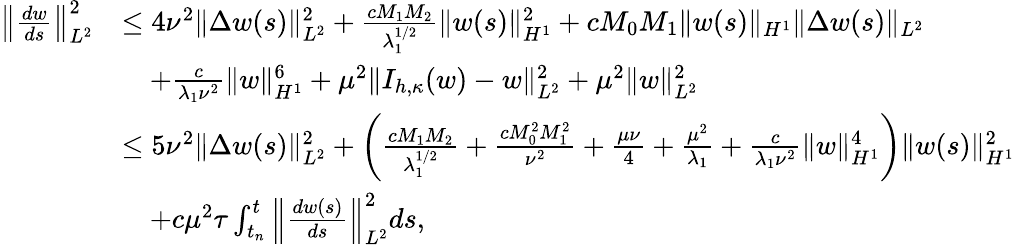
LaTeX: \begin{array}{rl}{\left\Vert\frac{dw}{ds}\right\Vert_{L^{2}}^{2}}&{\leq 4\nu^{2}\| \Delta w(s)\| _{L^{2}}^{2}+\frac{cM_{1}M_{2}}{\lambda_{1}^{1/2}}\| w(s)\| _{H^{1}}^{2}+cM_{0}M_{1}\| w(s)\| _{H^{1}}\| \Delta w(s)\| _{L^{2}}}\\ &{\quad+\frac{c}{\lambda_{1}\nu^{2}}\| w\| _{H^{1}}^{6}+\mu^{2}\| I_{h,\kappa}(w)-w\| _{L^{2}}^{2}+\mu^{2}\| w\| _{L^{2}}^{2}}\\ &{\leq 5\nu^{2}\| \Delta w(s)\| _{L^{2}}^{2}+\left(\frac{cM_{1}M_{2}}{\lambda_{1}^{1/2}}+\frac{cM_{0}^{2}M_{1}^{2}}{\nu^{2}}+\frac{\mu\nu}{4}+\frac{\mu^{2}}{\lambda_{1}}+\frac{c}{\lambda_{1}\nu^{2}}\| w\| _{H^{1}}^{4}\right)\| w(s)\| _{H^{1}}^{2}}\\ &{\quad+c\mu^{2}\tau\int_{t_{n}}^{t}\left\| \frac{dw(s)}{ds}\right\| _{L^{2}}^{2}ds,}\end{array}